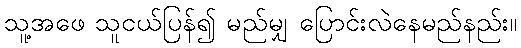
သူ့အဖေ သူငယ်ပြန်၍ မည်မျှ ပြောင်းလဲနေမည်နည်း။